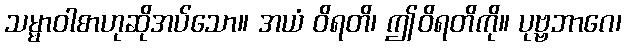
သမ္မာဝါစာဟုဆိုအပ်သော။ အယံ ဝိရတိ၊ ဤဝိရတိကို။ ပုဗ္ဗဘာဂေ၊